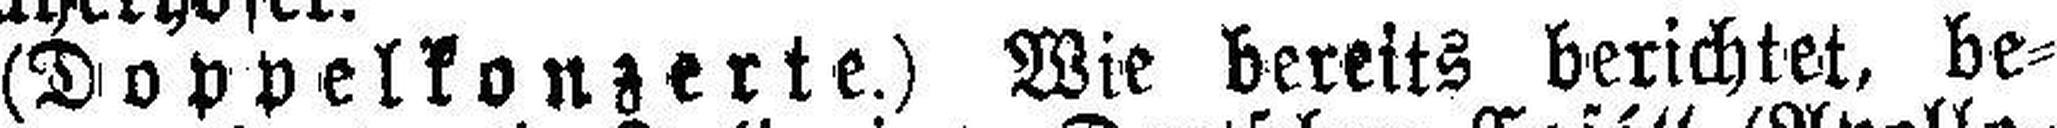
(Doppelkonzerte.) Wie bereits berichtet, be¬